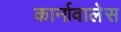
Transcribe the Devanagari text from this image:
कार्नावालेस